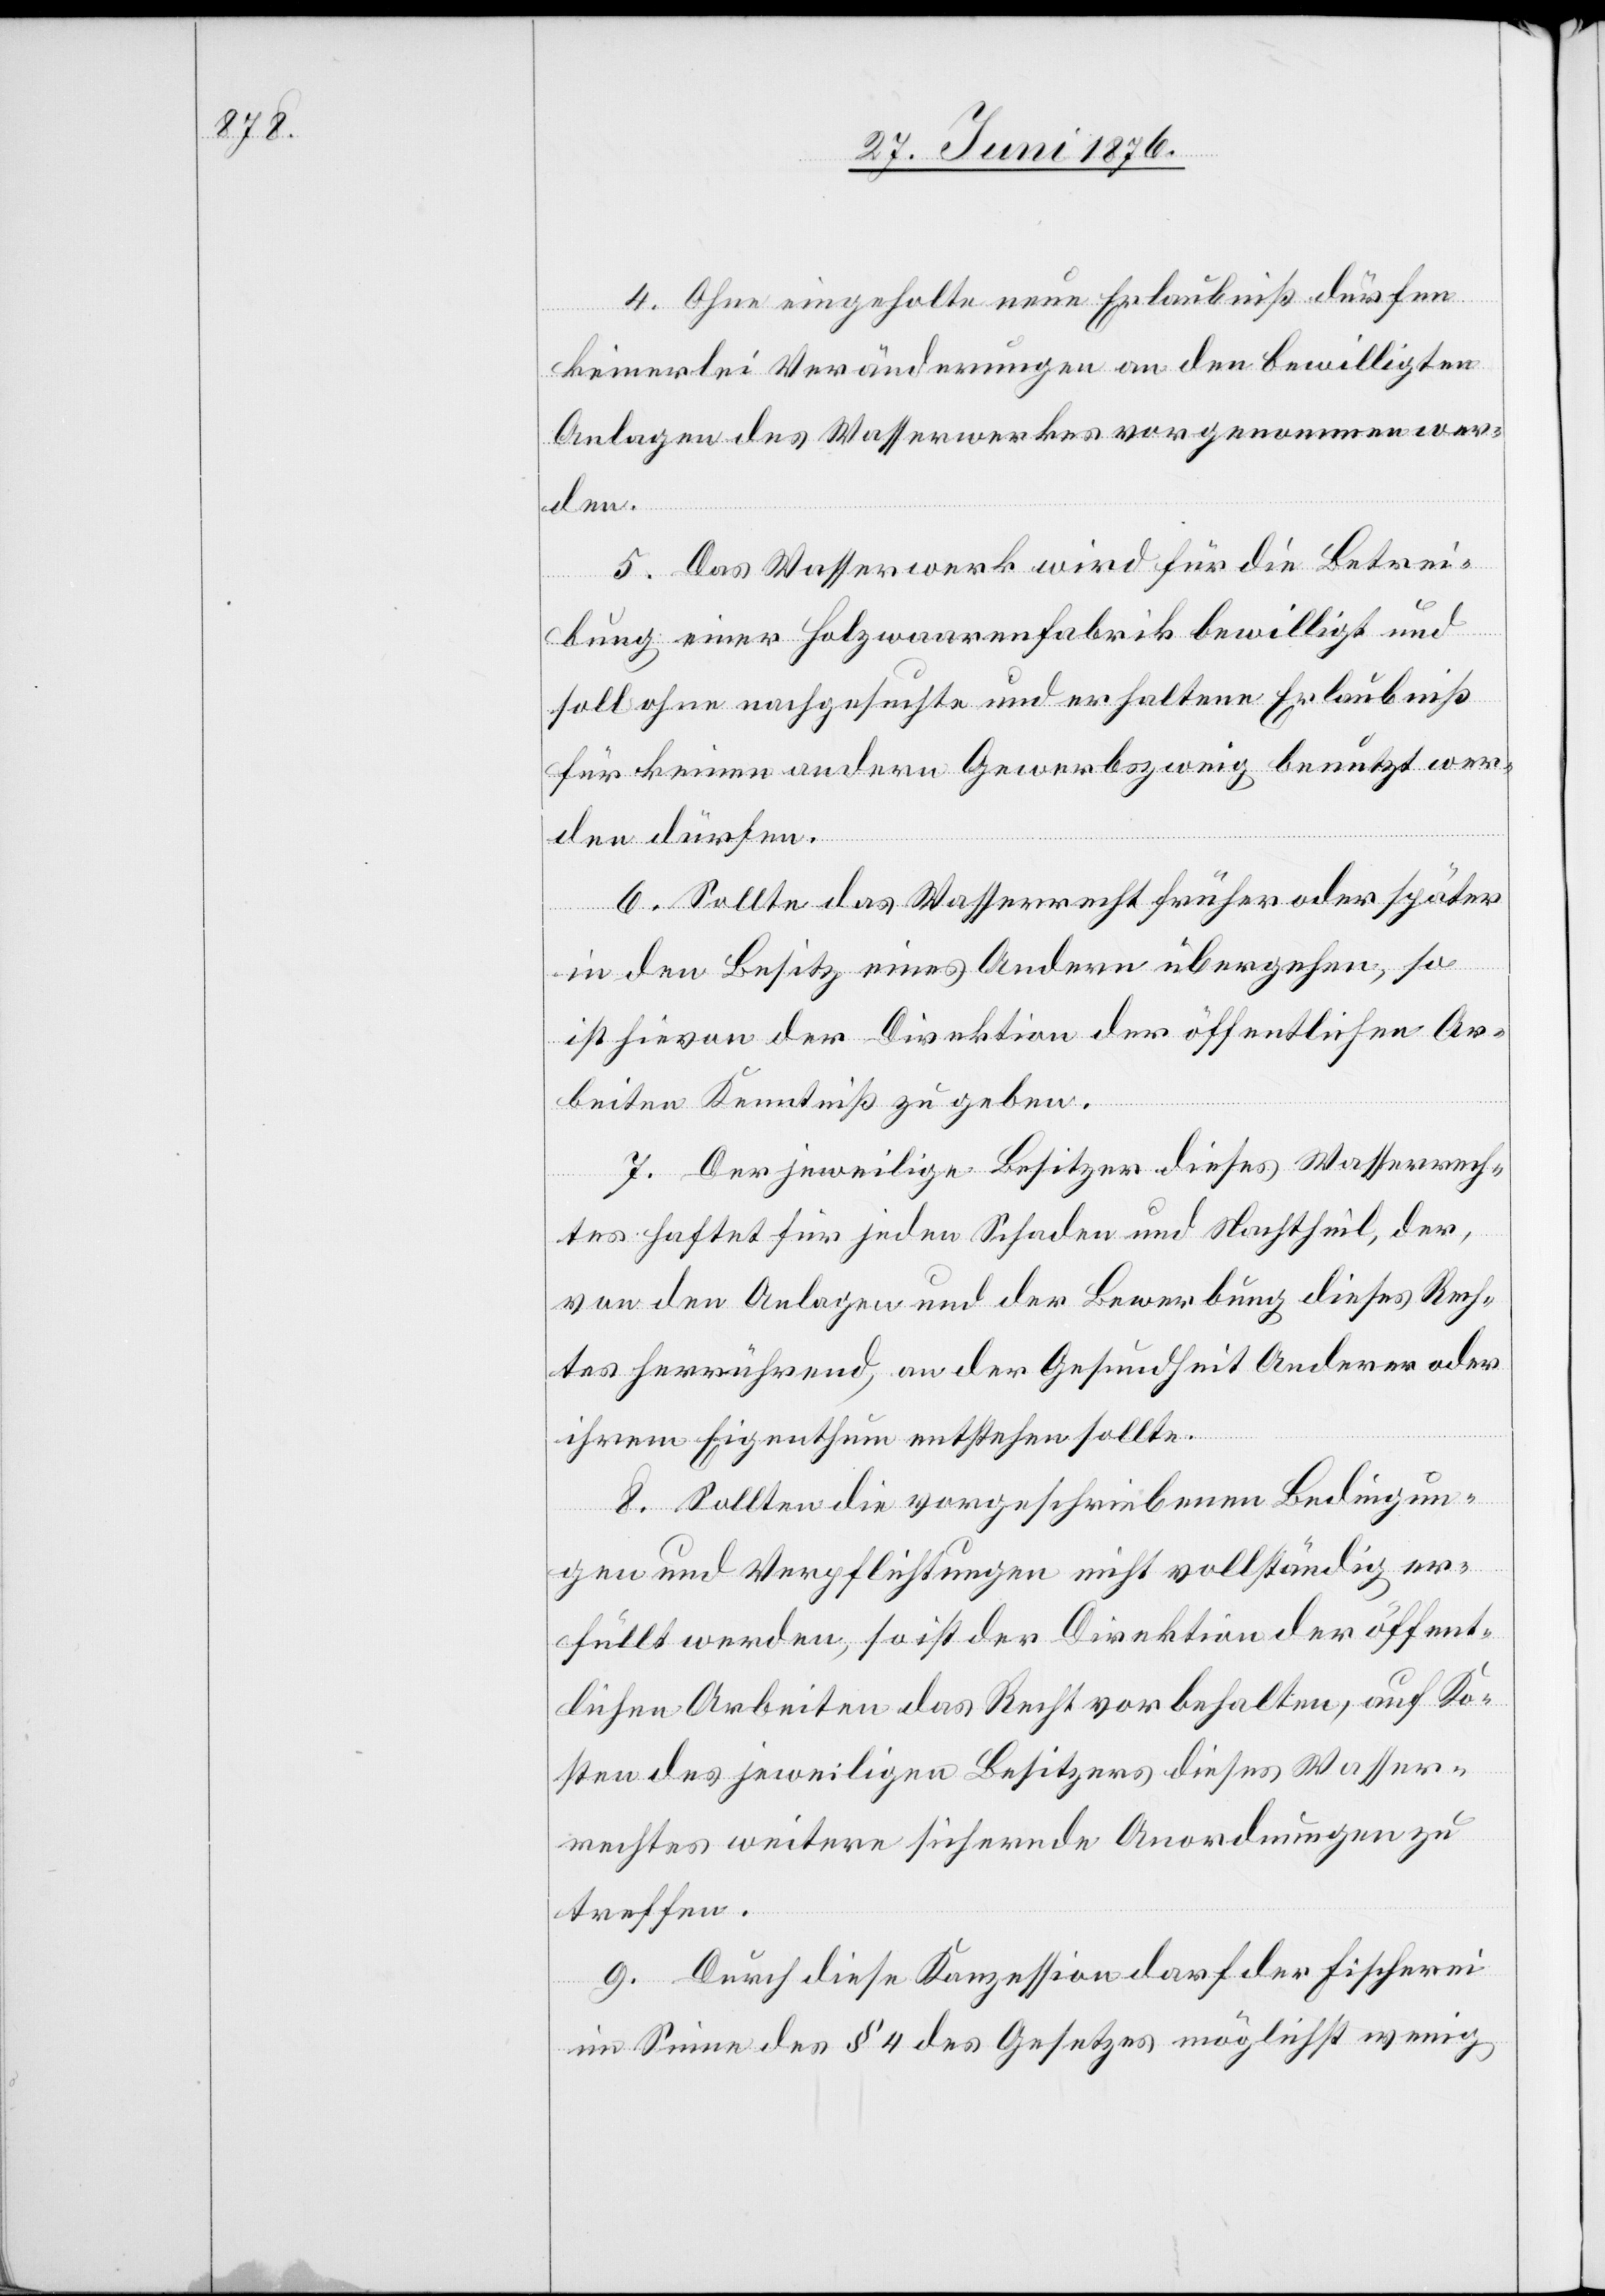
4. Ohne eingeholte neue Erlaubniß dürfen
keinerlei Veränderungen an den bewilligten
Anlagen des Wasserwerkes vorgenommen wer¬
den.
5. Das Wasserwerk wird für die Betrei¬
bung einer Holzwaarenfabrik bewilligt und
soll ohne nachgesuchte und erhaltene Erlaubniß
für keinen andern Gewerbszweig benutzt wer¬
den dürfen.
6. Sollte das Wasserrecht früher oder später
in den Besitz eines Andern übergehen, so
ist hievon der Direktion der öffentlichen Ar¬
beiten Kenntniß zu geben.
7. Der jeweilige Besitzer dieses Wasserrech¬
tes haftet für jeden Schaden und Nachtheil, der,
von den Anlagen und der Bewerbung dieses Rech¬
tes herrührend, an der Gesundheit Anderer oder
ihrem Eigenthum entstehen sollte.
8. Sollten die vorgeschriebenen Bedingun¬
gen und Verpflichtungen nicht vollständig er¬
füllt werden, so ist der Direktion der öffent¬
lichen Arbeiten das Recht vorbehalten, auf Ko¬
sten des jeweiligen Besitzers dieses Wasser¬
rechtes weitere sichernde Anordnungen zu
treffen.
9. Durch diese Konzession darf der Fischerei
im Sinne des § 4 des Gesetzes möglichst wenig